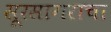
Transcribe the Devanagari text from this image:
सूरसागराचा